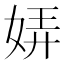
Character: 㛞